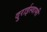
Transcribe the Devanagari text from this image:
दुराईस्वामी